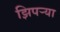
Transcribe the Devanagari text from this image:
झिपर्‍या